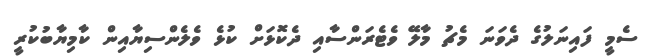
ސެމީ ފައިނަލުގެ ދެވަނަ މެޗު މާލޭ ވެޓެރަންސާއި ދެކޮޅަށް ކުޅެ ވެލެންސިޔާއިން ކާމިޔާބުކުރީ